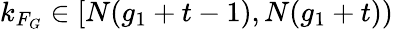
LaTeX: k_{F_{G}}\in[N(g_{1}+t-1),N(g_{1}+t))